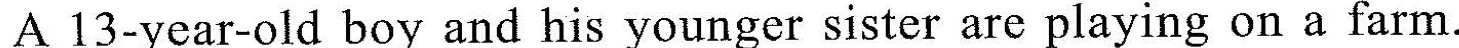
A 13-year-old boy and his younger sister arc playing on a farm.